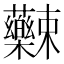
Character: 𱿌